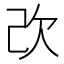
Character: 𣢇